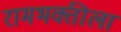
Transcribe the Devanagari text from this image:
रामभक्तीला